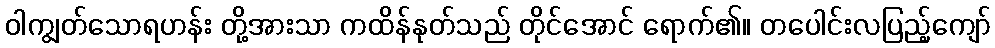
ဝါကျွတ်သောရဟန်း တို့အားသာ ကထိန်နုတ်သည် တိုင်အောင် ရောက်၏။ တပေါင်းလပြည့်ကျော်